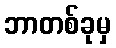
ဘာတစ်ခုမှ